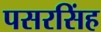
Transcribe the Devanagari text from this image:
पसरसिंह